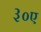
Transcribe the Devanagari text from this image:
३०ए